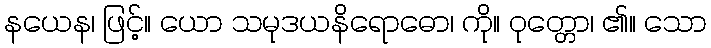
နယေန၊ ဖြင့်။ ယော သမုဒယနိရောဓော၊ ကို။ ဝုတ္တော၊ ၏။ သော